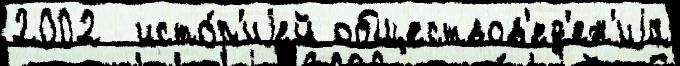
2002  исто́р'иjей обществов'ед'ен'иjа